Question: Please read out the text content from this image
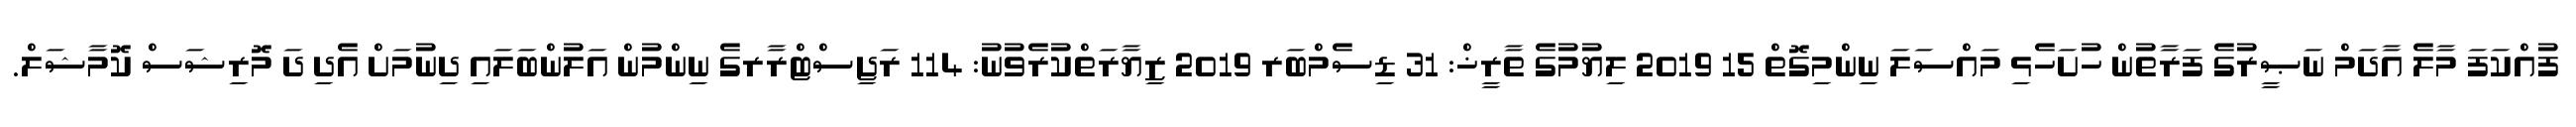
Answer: ފުއްކަފަ މާލެ އާދަމް ނަޞީރުގެ ފަރާތުން ހުށަހެޅި މައްސަލަ ނިންމިގޮތް 15 2019 ލިޔުމުގެ ތާރީޚް: 31 ޑިސެމްބަރ 2019 ޒިޔާރަތްކުރެވުނު: 114 ރަޖިސްޓްރާރގެ ނިންމުން އަލުންބަލައި ދިނުމަށް އެދި ދަ މޮރިޝަސް ކޮމާޝަލް.